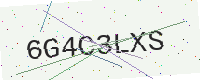
Text: 6G4C3LXS